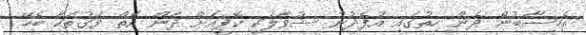
އެހިސާބުން ދެން ހިތުގައި އުފެދުނު ސުވާލަކީ ކޮފީއަށް ދާން އޮތް ވަގުތަކާ ބެހޭ